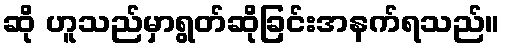
ဆို ဟူသည်မှာရွတ်ဆိုခြင်းအနက်ရသည်။